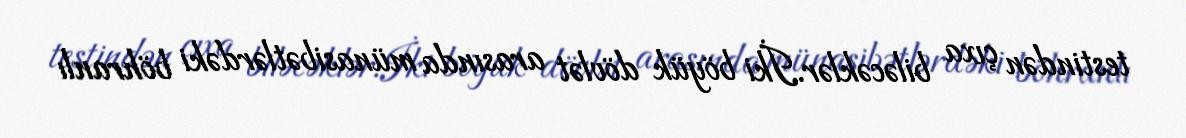
testindən çıxa biləcəklər.İki böyük dövlət arasında münasibətlərdəki böhranlı